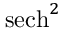
\operatorname { s e c h } ^ { 2 }